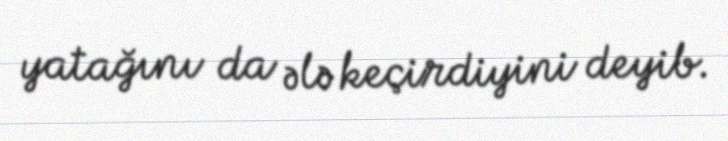
yatağını da ələ keçirdiyini deyib.